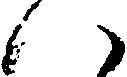
ハ